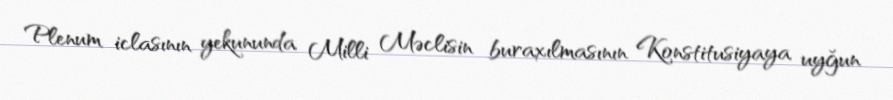
Plenum iclasının yekununda Milli Məclisin buraxılmasının Konstitusiyaya uyğun